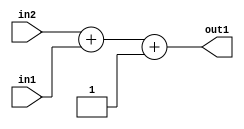
`timescale 1ps / 1ps
/*****************************************************************************
    Verilog RTL Description
    
    
    Created by: Stratus DpOpt 2019.1.01 
*******************************************************************************/

module st_feature_addr_gen_Add3i1u8u16_4_4 (
	in2,
	in1,
	out1
	); /* architecture "behavioural" */ 
input [15:0] in2;
input [7:0] in1;
output [15:0] out1;
wire [15:0] asc001;

wire [15:0] asc001_tmp_0;
assign asc001_tmp_0 = 
	+(in2)
	+(in1);
assign asc001 = asc001_tmp_0
	+(16'B0000000000000001);

assign out1 = asc001;
endmodule

/* CADENCE  uLH4TQ0= : u9/ySgnWtBlWxVPRXgAZ4Og= ** DO NOT EDIT THIS LINE ******/